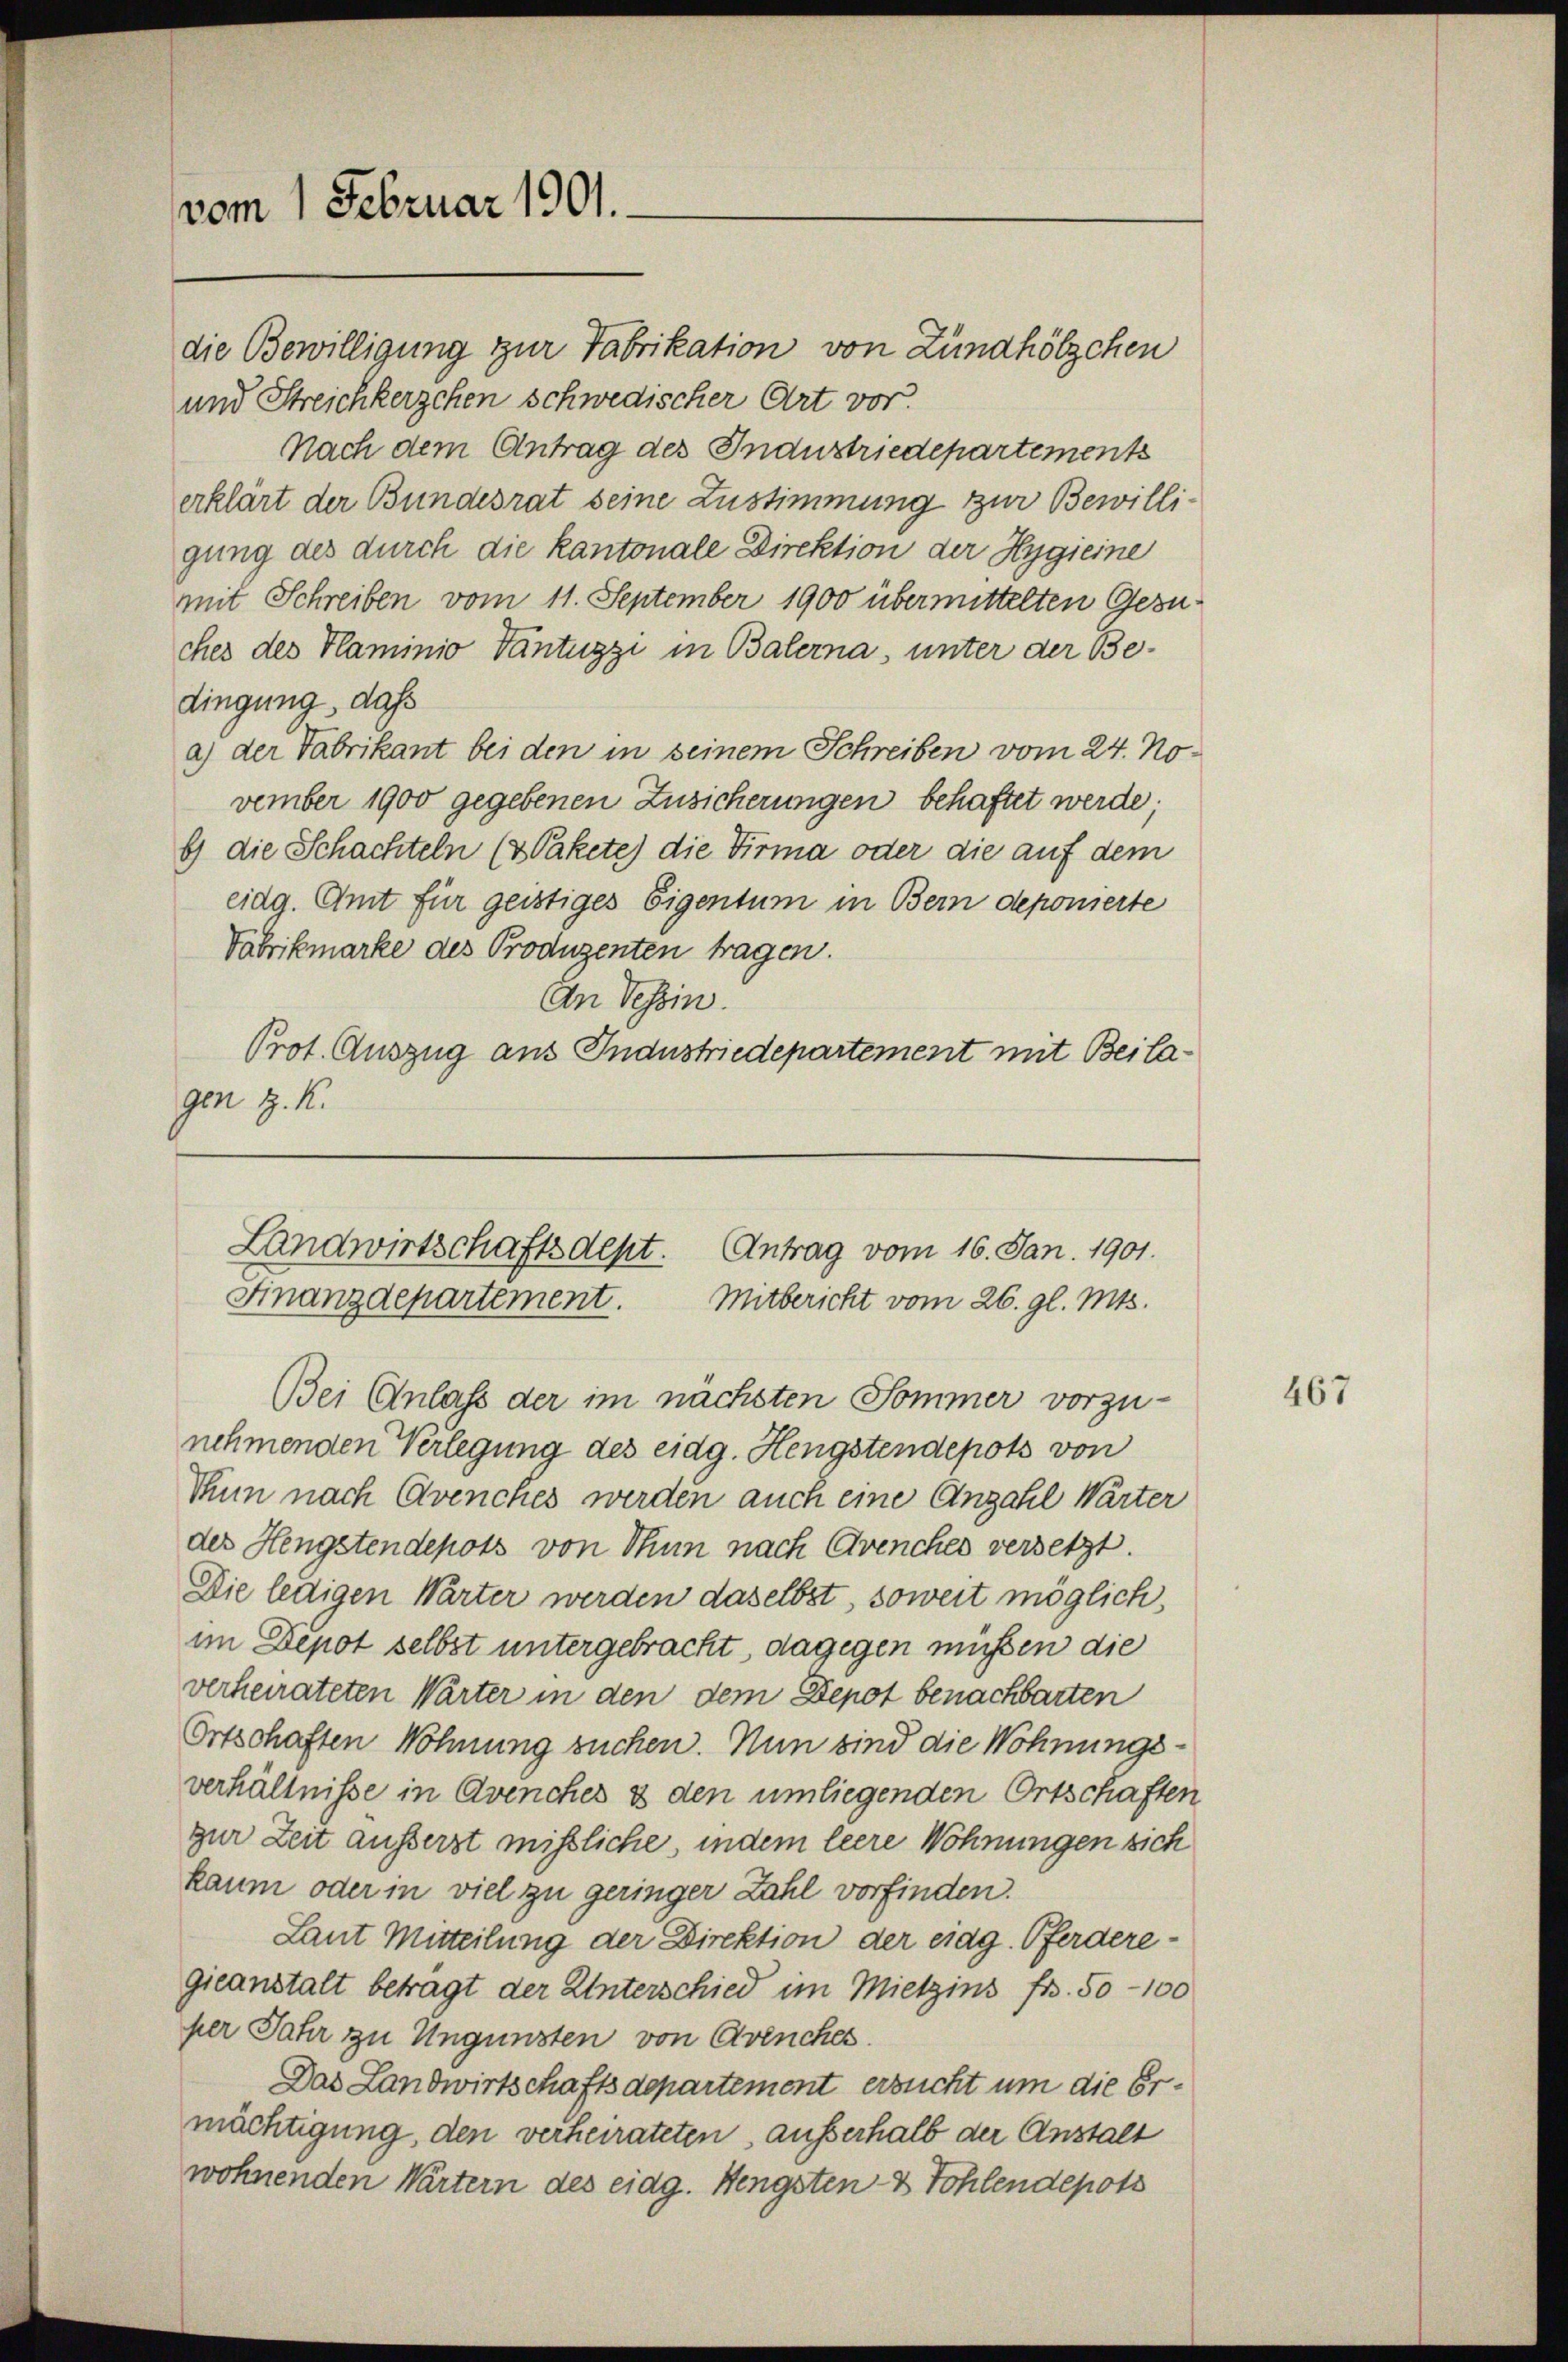
vom 1 Februar 1901.

die Bewilligung zur Fabrikation von Zündhölzchen
und Streichkerzchen schwedischer Art vor.
Nach dem Antrag des Industriedepartements
erklärt der Bundesrat seine Zustimmung zur Bewilligung des durch die kantonale Direktion der Hygieine
mit Schreiben vom 11. September 1900 übermittelten Gesuches des Haminio Vantuzzi in Balerna, unter der Bedingung, daß
a.) der Fabrikant bei den in seinem Schreiben vom 24. November 1900 gegebenen Zusicherungen behaftet werde;
b) die Schachteln (& Pakete) die Firma oder die auf dem
eidg. Amt für geistiges Eigentum in Bern deponierte
Vabrikmarke des Produzenten tragen.
An Tessin.
Prot. Auszug aus Industriedepartement mit Beila
gen H. K.

Landwirtschaftsdept. Antrag vom 16. Jan. 1901.
Finanzdepartement. Mitbericht vom 26. gl. Mts.
Bei Anlass der im nächsten Sommer vorzu¬

nehmenden Verlegung des eidg. Hengstendepots von
Thun nach Avenches werden auch eine Anzahl Wärter
des Hengstendepots von Thun nach Avenches versetzt.
Die ledigen Wärter werden daselbst, soweit möglich,
im Depot selbst untergebracht, dagegen müßen die
verheirateten Wärter in den dem Depot benachbarten
Ortschaften Wohnung suchen. Nun sind die Wohnungsverhältnisse in Avenches & den umliegenden Ortschaften
zur Zeit äusserst mißliche, indem leere Wohnungen sich
kaum oder in viel zu geringer Zahl vorfinden.
Laut Mitteilung der Direktion der eidg. Pferderegieanstalt betragt der Unterschied im Mietzins fr. 50 - 100
per Jahr zu Ungünsten von Avenches.
Das Landwirtschaftsdepartement ersucht um die Ermächtigung, den verheirateten, ausserhalb der Anstalt
wohnenden Wärtern des eidg. Hengsten & Tohlendepots

467